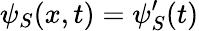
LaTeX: \psi_{S}(x,t)=\psi_{S}^{\prime}(t)